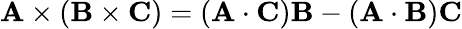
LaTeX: \mathbf{A}\times(\mathbf{B}\times\mathbf{C})=(\mathbf{A}\cdot\mathbf{C})\mathbf{B}-(\mathbf{A}\cdot\mathbf{B})\mathbf{C}